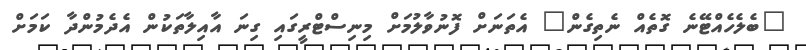
"ބެލެހެއްޓޭނެ ގޮތެއް ނެތިގެން" އެތަނަށް ފޮނުވާލުމަށް މިނިސްޓްރީގައި ގިނަ އާއިލާތަކުން އެދެމުންދާ ކަމަށް